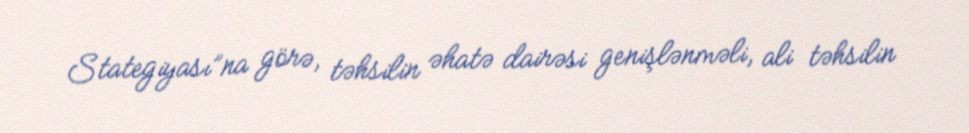
Stategiyası”na görə, təhsilin əhatə dairəsi genişlənməli, ali təhsilin